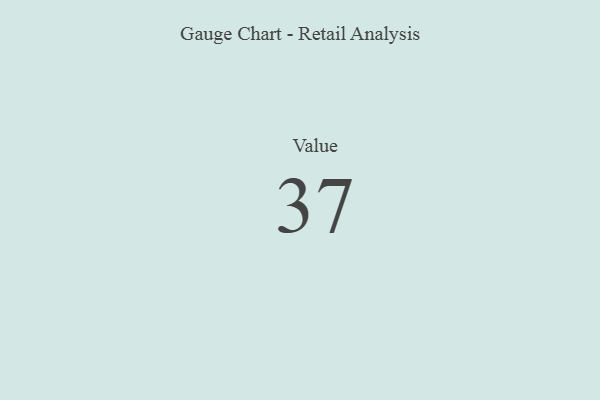
{"axis": {"x": "Metric", "y": "Value"}, "legend": [""], "data": [{"x": "Value", "y": 37, "type": ""}]}